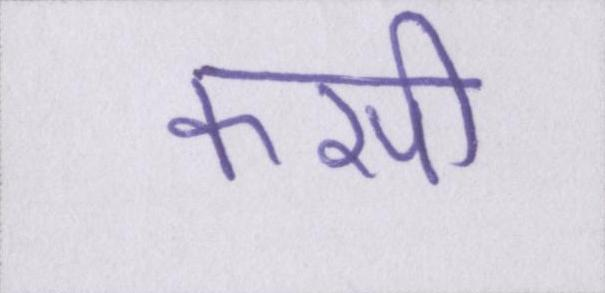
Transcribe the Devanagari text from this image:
कसी